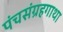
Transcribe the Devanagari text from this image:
पंचसंग्रहगाथा